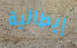
إيطالية